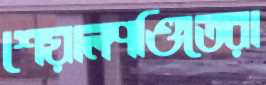
শেয়ালপণ্ডিতেরা